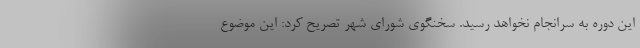
این دوره به سرانجام نخواهد رسید. سخنگوی شورای شهر تصریح کرد: این موضوع